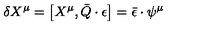
\delta X ^ { \mu } = \left[ X ^ { \mu } , \bar { Q } \cdot \epsilon \right] = \bar { \epsilon } \cdot \psi ^ { \mu }